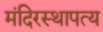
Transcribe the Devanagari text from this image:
मंदिरस्थापत्य